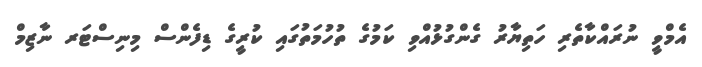
އެމްވީ ނުރައްކާތެރި ހަތިޔާރު ގެންގުޅުއްވި ކަމުގެ ތުހުމަތުގައި ކުރީގެ ޑިފެންސް މިނިސްޓަރ ނާޒިމް